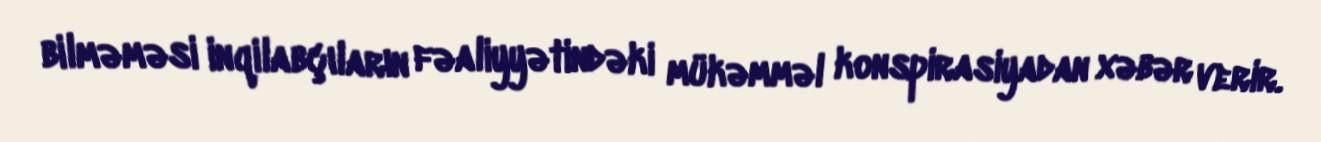
bilməməsi inqilabçıların fəaliyyətindəki mükəmməl konspirasiyadan xəbər verir.